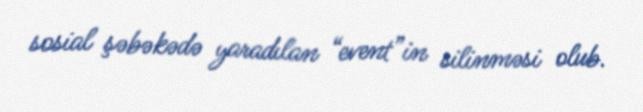
sosial şəbəkədə yaradılan “event”in silinməsi olub.